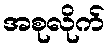
အစုလိုက်